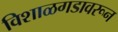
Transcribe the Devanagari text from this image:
विशाळगडावरून